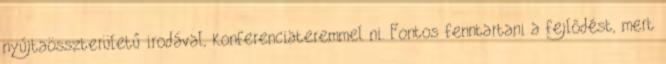
nyújtaösszterületű irodával, konferenciateremmel ni. Fontos fenntartani a fejlődést, mert